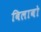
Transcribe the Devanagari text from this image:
बिलाबो